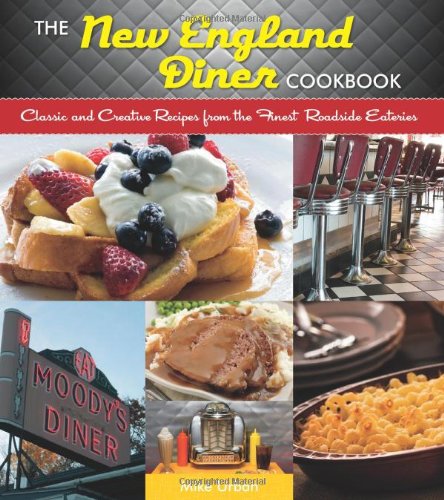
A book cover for The New England Diner Cookbook: Classic and Creative Recipes from the Finest Roadside Eateries; Mike Urban; Cookbooks, Food & Wine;